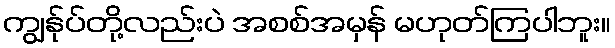
ကျွန်ုပ်တို့လည်းပဲ အစစ်အမှန် မဟုတ်ကြပါဘူး။